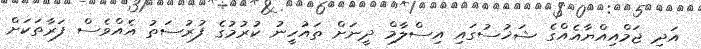
އަދި ޖަމްއިއްޔާއެއްގެ ޝަޚުސުގައި އިސްލާމް ދީނަށް ތައުހީނު ކުރުމުގެ ފުރުސަތު އެއްވެސް ފަރާތަކަށް